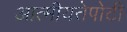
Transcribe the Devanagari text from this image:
आत्मीयतेपोटी